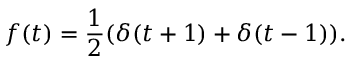
f ( t ) = { \frac { 1 } { 2 } } ( \delta ( t + 1 ) + \delta ( t - 1 ) ) .